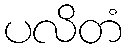
ပလိတံ